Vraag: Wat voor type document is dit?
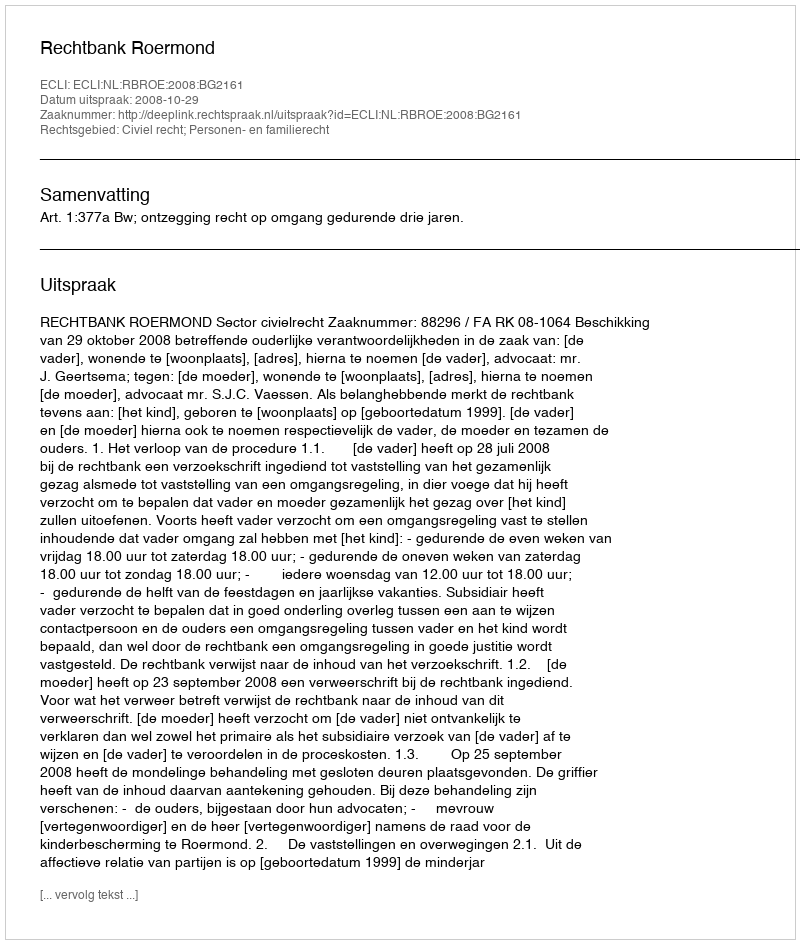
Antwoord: Uitspraak